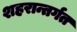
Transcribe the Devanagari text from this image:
शहरान्तर्गत